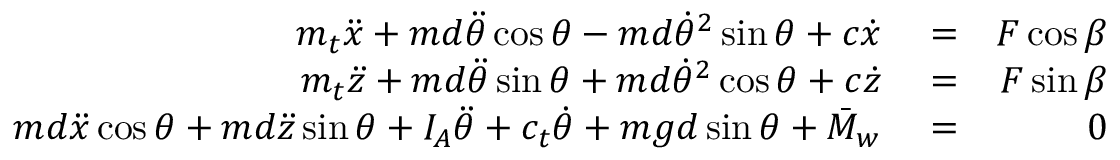
\begin{array} { r l r } { m _ { t } \ddot { x } + m d \ddot { \theta } \cos \theta - m d \dot { \theta } ^ { 2 } \sin \theta + c \dot { x } } & { { } = } & { F \cos \beta } \\ { m _ { t } \ddot { z } + m d \ddot { \theta } \sin \theta + m d \dot { \theta } ^ { 2 } \cos \theta + c \dot { z } } & { { } = } & { F \sin \beta } \\ { m d \ddot { x } \cos \theta + m d \ddot { z } \sin \theta + I _ { A } \ddot { \theta } + c _ { t } \dot { \theta } + m g d \sin \theta + \bar { M } _ { w } } & { { } = } & { 0 } \end{array}